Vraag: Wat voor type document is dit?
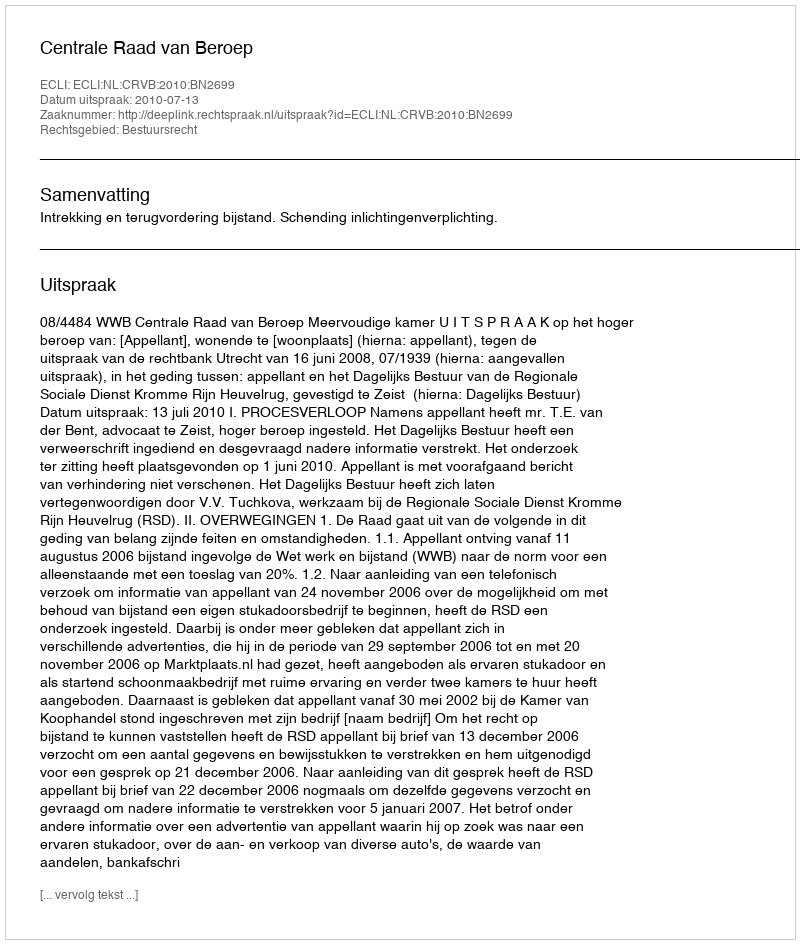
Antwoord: Uitspraak